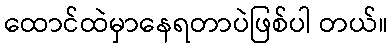
ထောင်ထဲမှာနေရတာပဲဖြစ်ပါ တယ်။